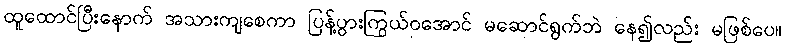
ထူထောင်ပြီးနောက် အသားကျစေကာ ပြန့်ပွားကြွယ်ဝအောင် မဆောင်ရွက်ဘဲ နေ၍လည်း မဖြစ်ပေ။